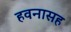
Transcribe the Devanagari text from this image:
हवनासह